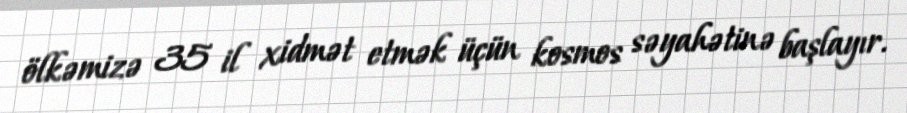
ölkəmizə 35 il xidmət etmək üçün kosmos səyahətinə başlayır.